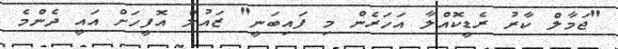
"ޖަމާލް ކާރު ރެޑީކޮއްލާ އަހަރެން މި ފައިބަނީ" ޒައުލް އޮފީހަށް އައީ ދެންމެ